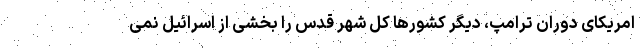
امریکای دوران ترامپ، دیگر کشورها کل شهر قدس را بخشی از اسرائیل نمی